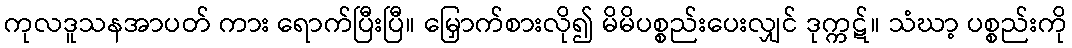
ကုလဒူသနအာပတ် ကား ရောက်ပြီးပြီ။ မြှောက်စားလို၍ မိမိပစ္စည်းပေးလျှင် ဒုက္ကဋ်။ သံဃာ့ ပစ္စည်းကို